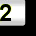
Digit: 2